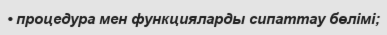
• процедура мен функцияларды сипаттау бөлімі;